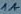
Text: 1A